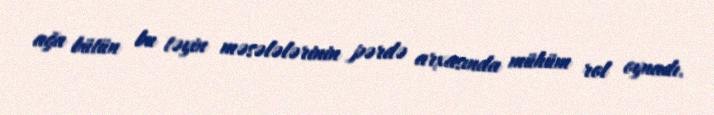
ağa bütün bu təyin məsələlərinin pərdə arxasında mühüm rol oynadı.